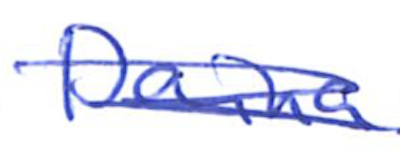
Text: Daina
Cross-out: scratch
Writing tool: ballpoint